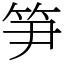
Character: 笋